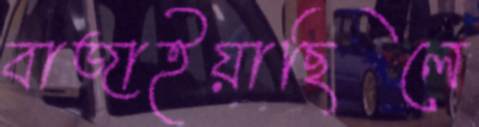
বাজাইয়াছিলে